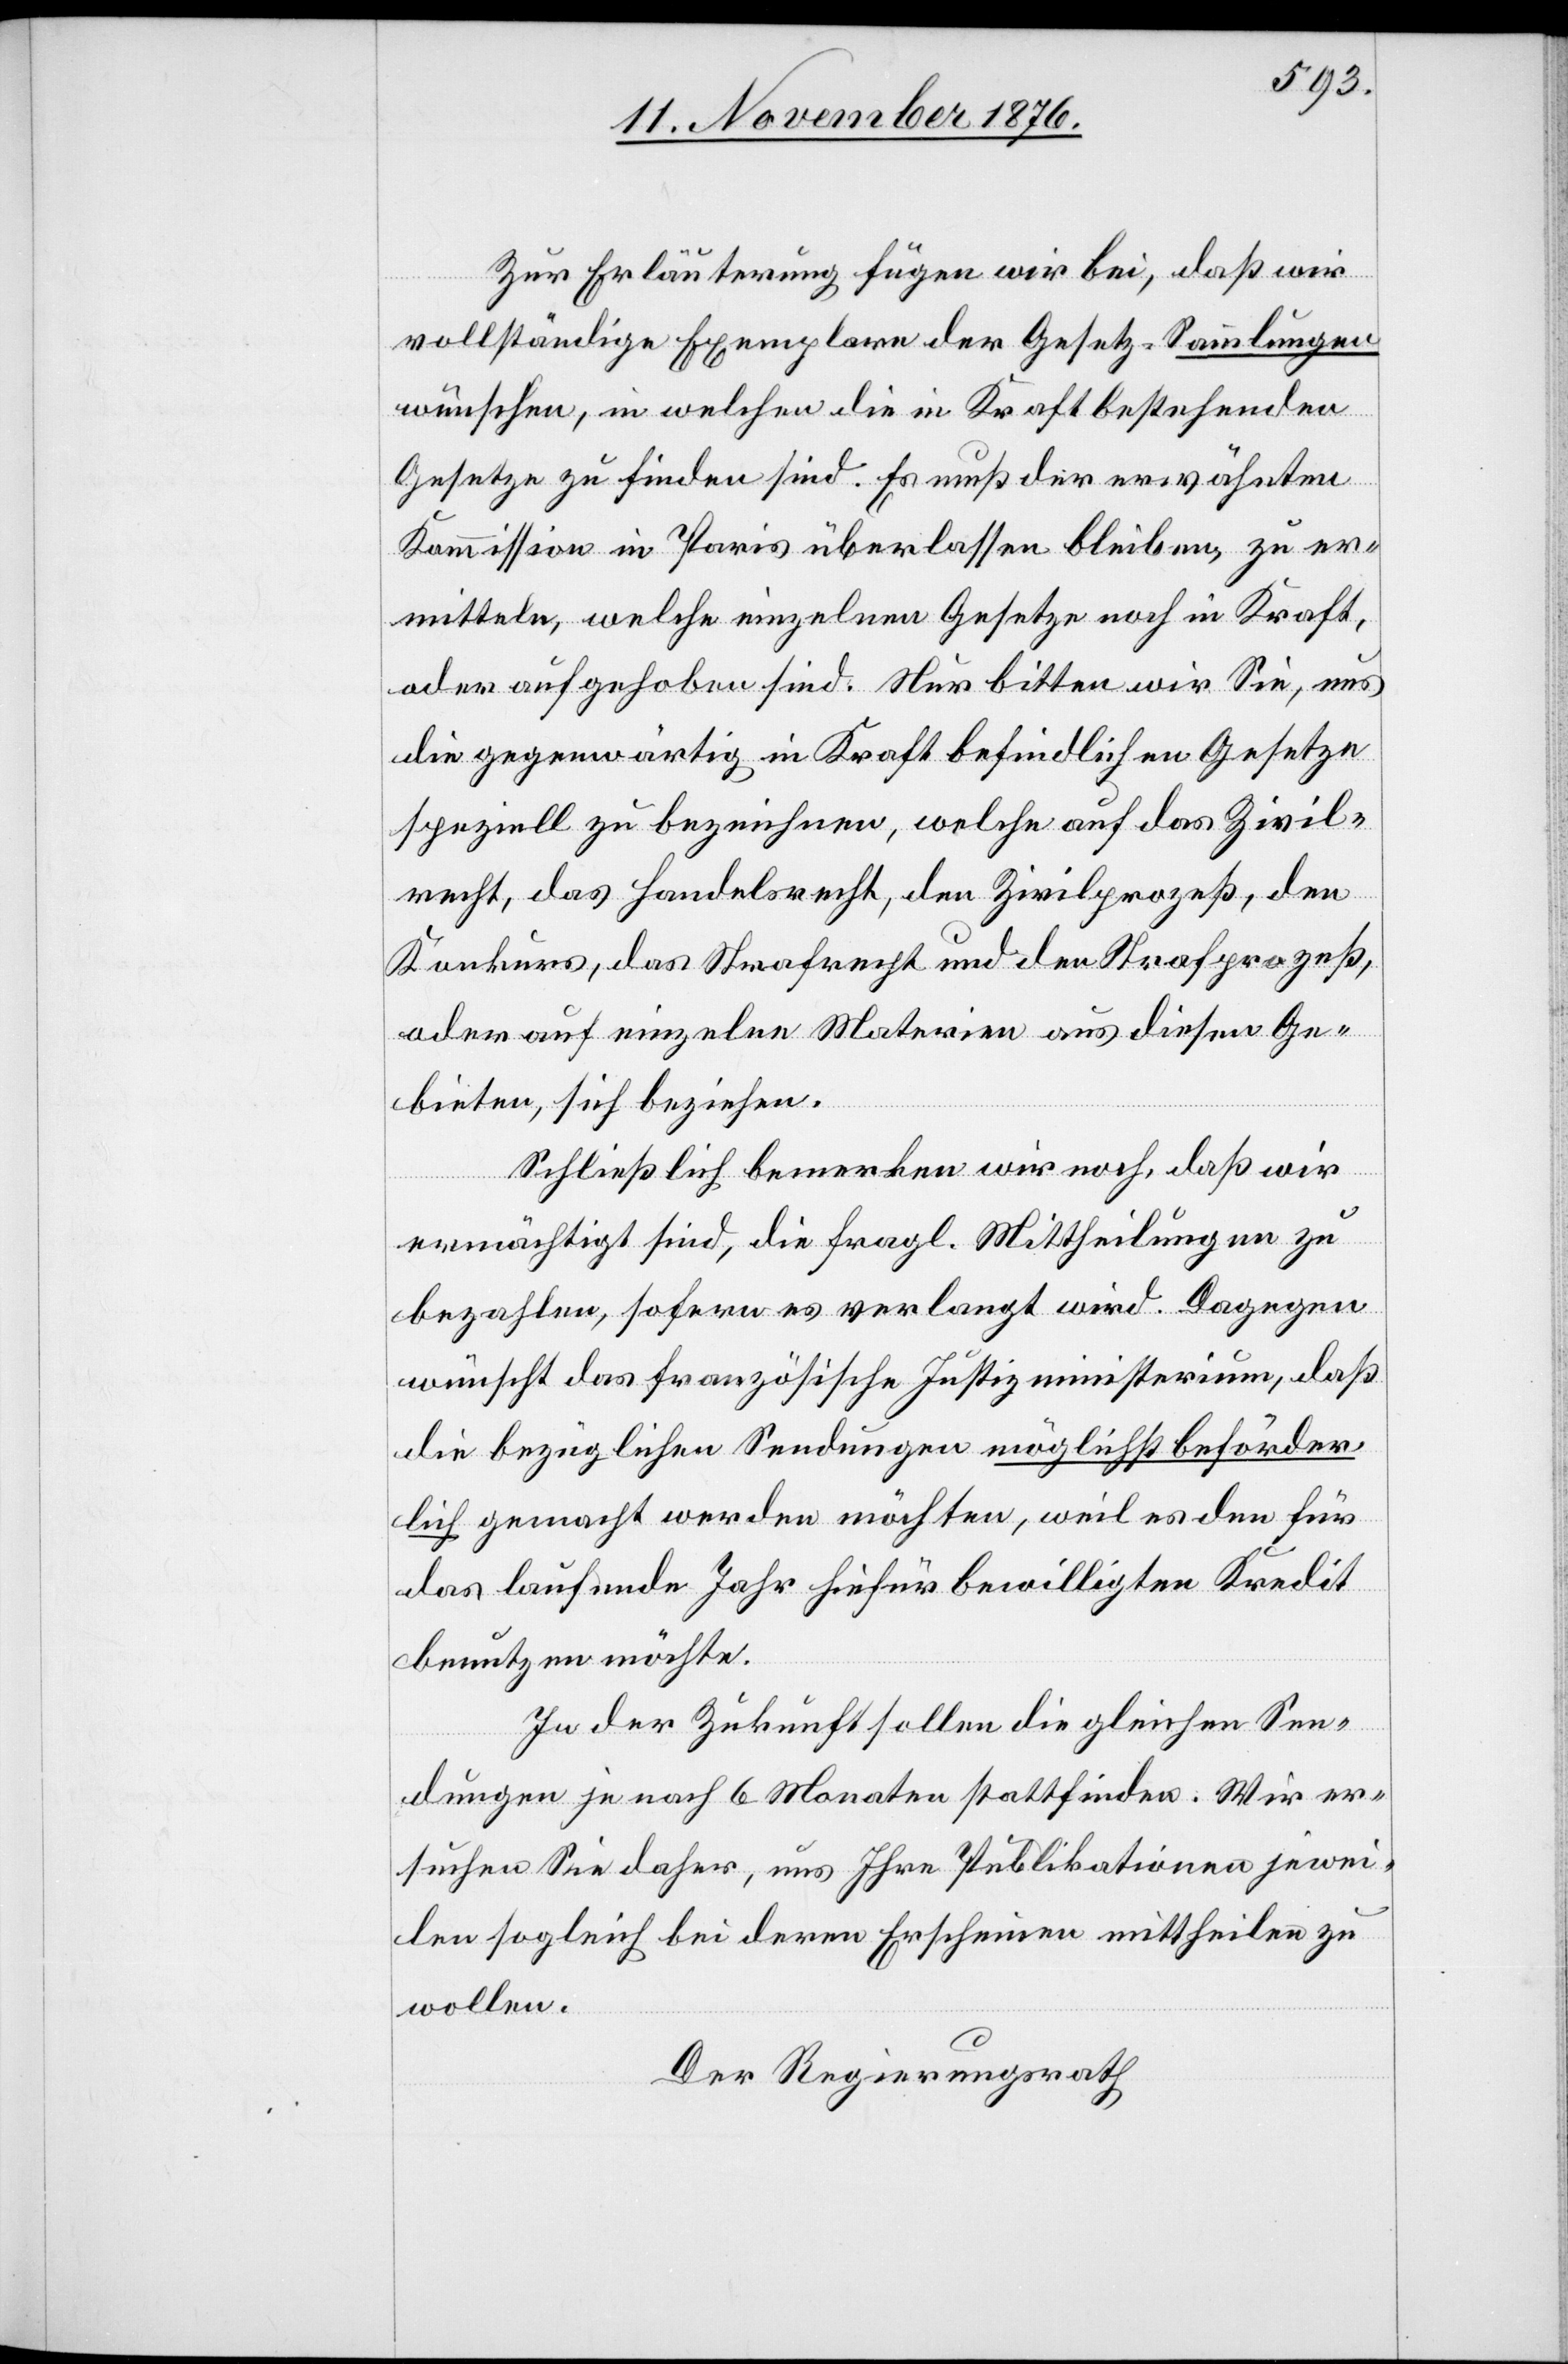
Zur Erläuterung fügen wir bei, daß wir
vollständige Exemplare der Gesetz-Sammlungen
wünschen, in welchen die in Kraft bestehenden
Gesetze zu finden sind. Es muß der erwähnten
Kommission in Paris überlassen bleiben, zu er¬
mitteln, welche einzelnen Gesetze noch in Kraft,
oder aufgehoben sind. Nur bitten wir Sie, uns
die gegenwärtig in Kraft befindlichen Gesetze
speziell zu bezeichnen, welche auf das Zivil¬
recht, das Handelsrecht, den Zivilprozeß, den
Konkurs, das Strafrecht und den Strafprozeß,
oder auf einzelne Materien aus diesen Ge¬
bieten, sich beziehen.
Schließlich bemerken wird noch, daß wir
ermächtigt sind, die fragl. Mittheilungen zu
bezahlen, sofern es verlangt wird. Dagegen
wünscht das französische Justizministerium, daß
die bezüglichen Sendungen möglichst beförder¬
lich gemacht werden möchten, weil es den für
das laufende Jahr hiefür bewilligten Kredit
benutzen möchte.
In der Zukunft sollen die gleichen Sen¬
dungen je nach 6 Monaten stattfinden. Wir er¬
suchen Sie daher, uns Ihre Publikationen jewei¬
len sogleich bei deren Erscheinen mittheilen zu
wollen.
Der Regierungsrath